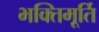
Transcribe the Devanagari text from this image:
भक्तिमूर्ति